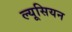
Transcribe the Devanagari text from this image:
ल्यूसियन